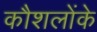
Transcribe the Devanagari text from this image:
कौशलोंके